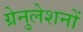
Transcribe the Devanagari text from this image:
ग्रेनुलेशनों